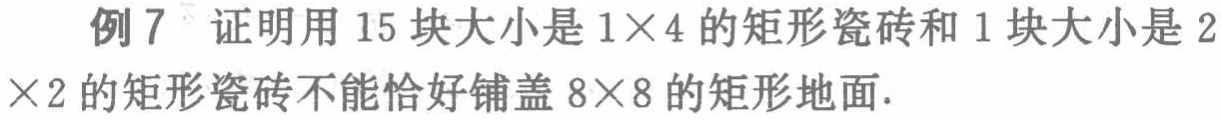
例 7 证明用 15 块大小是 \(1\times4\) 的矩形瓷砖和 1 块大小是 \(2\times2\) 的矩形瓷砖不能恰好铺盖 \(8\times8\) 的矩形地面.